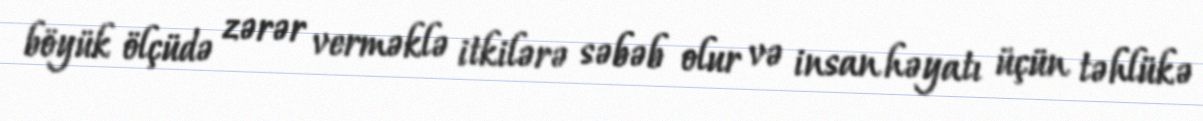
böyük ölçüdə zərər verməklə itkilərə səbəb olur və insan həyatı üçün təhlükə